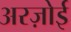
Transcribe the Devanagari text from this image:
अरज़ोई